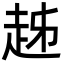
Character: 趀